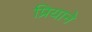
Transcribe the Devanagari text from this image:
प्रियाने